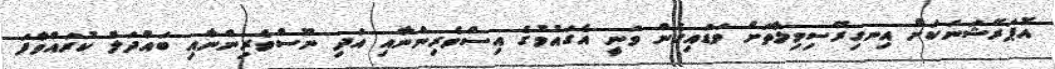
އޮޕަރޭޝަނަކަށް އިނގިރޭސިވިލާތަށް ވަޑައިގެން ވަނީ އެގައުމުގެ އިސްވެރިންނާއި އަދި ނޫސްވެރިންނާއި ބައްދަލު ކުރައްވާފަ